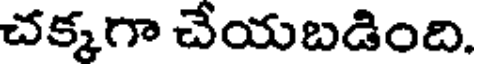
చక్కగా చేయబడింది.